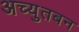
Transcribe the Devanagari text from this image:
अच्युतबन